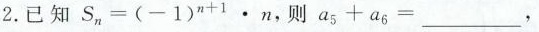
2.已知$$S _ { n } = ( - 1 ) ^ {n + 1 } \cdot n$$ ,则 $$a _ { 5 } + a _ { 6 } =___$$